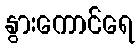
နွားကောင်ရေ